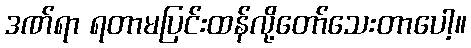
ဒဏ်ရာ ရတာမပြင်းထန်လို့တော်သေးတာပေါ့။